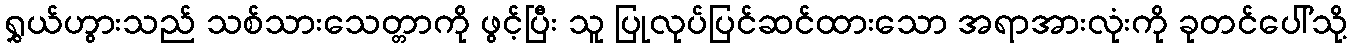
ရွှယ်ဟွားသည် သစ်သားသေတ္တာကို ဖွင့်ပြီး သူ ပြုလုပ်ပြင်ဆင်ထားသော အရာအားလုံးကို ခုတင်ပေါ်သို့